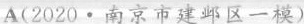
A(2020·南京市建邺区一模)